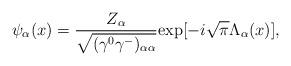
LaTeX: \begin{align*}{\psi}_{\alpha}(x)=\frac{Z_{\alpha}}{\sqrt{({\gamma}^0{\gamma}^-)_{{\alpha}{\alpha}}}}{\rm exp}[-i\sqrt{\pi}{\Lambda}_{\alpha}(x)], \end{align*}